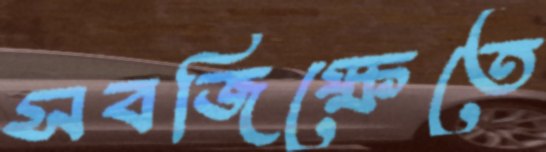
সবজিক্ষেতে